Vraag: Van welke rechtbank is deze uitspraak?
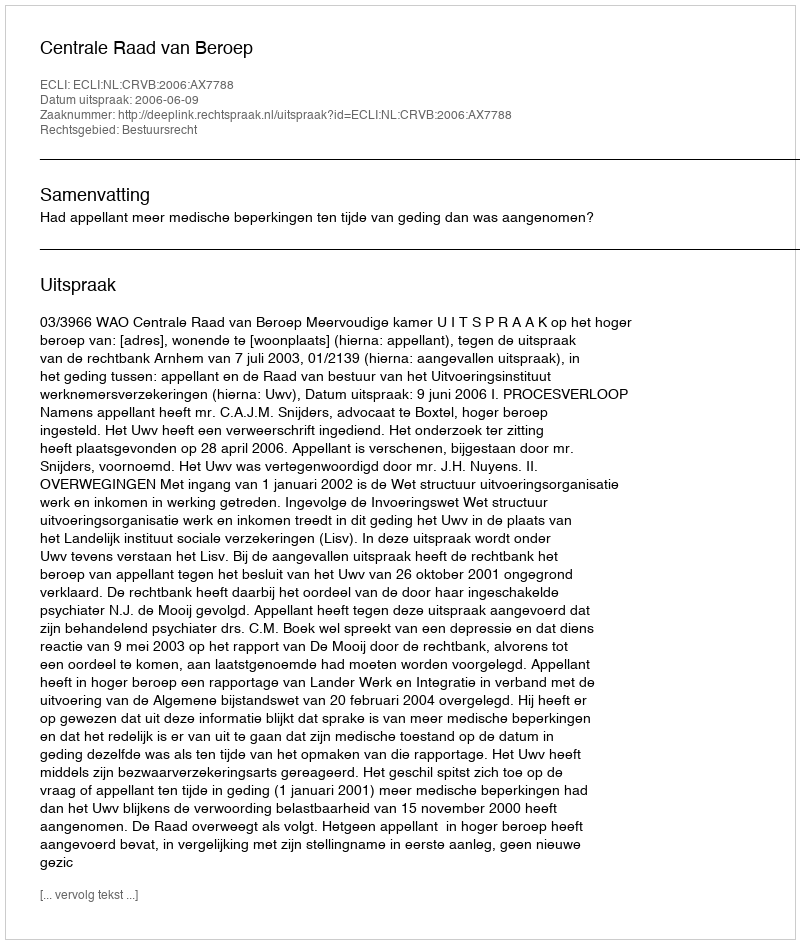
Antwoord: Centrale Raad van Beroep